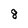
Character: 8